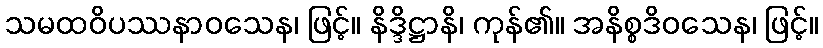
သမထဝိပဿနာဝသေန၊ ဖြင့်။ နိဒ္ဒိဋ္ဌာနိ၊ ကုန်၏။ အနိစ္စဒိဝသေန၊ ဖြင့်။